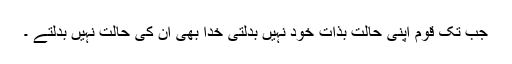
جب تک قوم اپنی حالت بذات خود نہیں بدلتی خدا بھی ان کی حالت نہیں بدلتے ۔